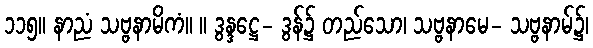
၁၁၅။ နာညံ သဗ္ဗနာမိကံ။ ။ ဒွန္ဒဋ္ဌေ- ဒွန်၌ တည်သော၊ သဗ္ဗနာမေ- သဗ္ဗနာမ်၌၊